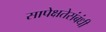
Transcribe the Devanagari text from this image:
सापेक्षतेसंबंधी